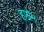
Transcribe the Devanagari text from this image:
हाम्रेन